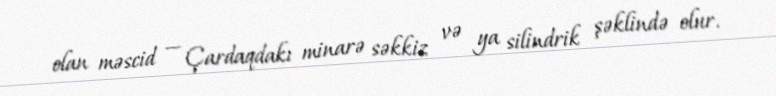
olan məscid — Çardaqdakı minarə səkkiz və ya silindrik şəklində olur.